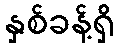
နှစ်ခန့်ရှိ